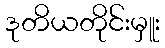
ဒုတိယတိုင်းမှူး